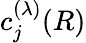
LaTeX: c_{j}^{(\lambda)}(R)